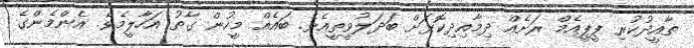
ތާއީދުކުރި ޕީޕީއެމް ރަށެއް ދިމާއިދިކޮޅަށް ބަދަލުވީތީއެވެ. ބައެއް މީހުން ގާތު އަހާލީމެވެ. އެންމެންގެ